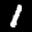
Label: 1